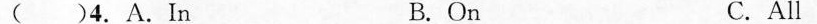
( )4. A.In B. On C.All